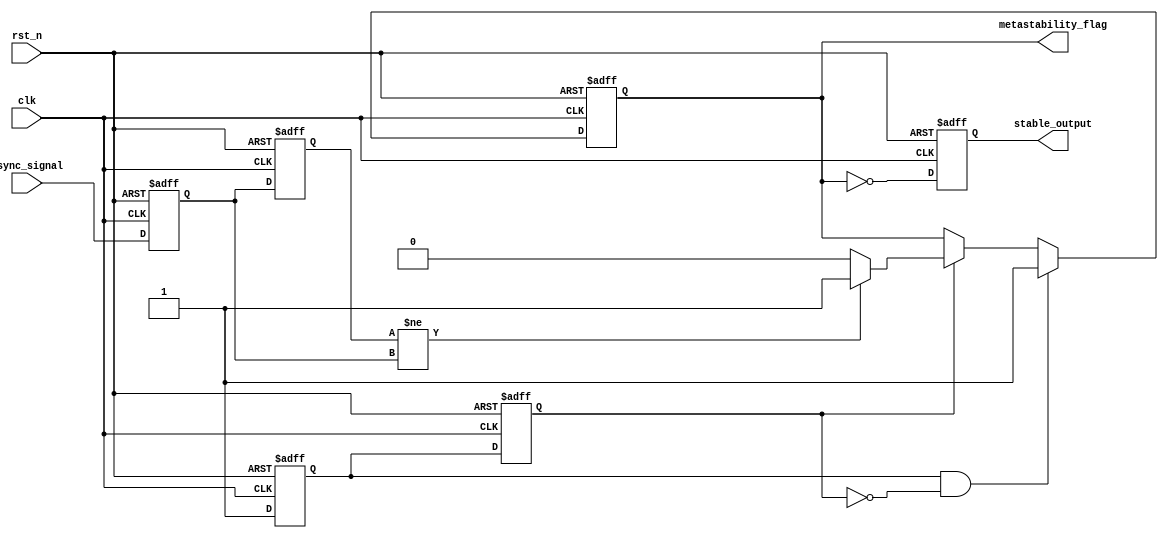
module MetastabilityDetector (
    input wire clk,                // Clock signal
    input wire rst_n,              // Active low reset signal
    input wire async_signal,        // Asynchronous input signal
    output reg metastability_flag,  // Flag indicating metastability detected
    output reg stable_output        // Flag indicating stable output
);

    // Internal signals
    reg latch1, latch2;
    reg latch1_valid;
    reg latch2_valid;
    
    // State definitions
    localparam STABLE = 1'b0;
    localparam METASTABLE = 1'b1;

    // Latch behavior: on rising edge of clk
    always @(posedge clk or negedge rst_n) begin
        if (!rst_n) begin
            latch1 <= 1'b0;
            latch2 <= 1'b0;
            latch1_valid <= 1'b0;
            latch2_valid <= 1'b0;
            metastability_flag <= 1'b0;
            stable_output <= 1'b0;
        end else begin
            // Sample the asynchronous signal into latch1
            latch1 <= async_signal;
            latch1_valid <= 1'b1; // Latch1 is valid after sampling

            // Sample latch1 output into latch2
            latch2 <= latch1;
            latch2_valid <= latch1_valid; // Latch2 is valid after latch1 is valid
            
            // Metastability detection logic
            if (latch1_valid && !latch2_valid) begin
                // If latch1 has a valid output but latch2 is not yet valid
                metastability_flag <= METASTABLE;
            end else if (latch2_valid) begin
                // If latch2 is valid, check its state
                if (latch2 != latch1) begin
                    metastability_flag <= METASTABLE;
                end else begin
                    metastability_flag <= STABLE;
                end
            end
            
            // Update stable output flag
            stable_output <= (metastability_flag == STABLE);
        end
    end

endmodule